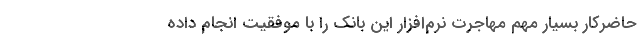
حاضرکار بسیار مهمّ مهاجرت نرم‌افزار این بانک را با موفقیت انجام داده